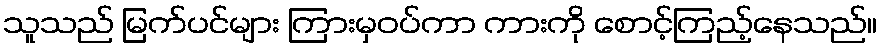
သူသည် မြက်ပင်များ ကြားမှဝပ်ကာ ကားကို စောင့်ကြည့်နေသည်။